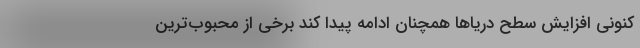
کنونی افزایش سطح دریاها همچنان ادامه پیدا کند برخی از محبوب‌ترین